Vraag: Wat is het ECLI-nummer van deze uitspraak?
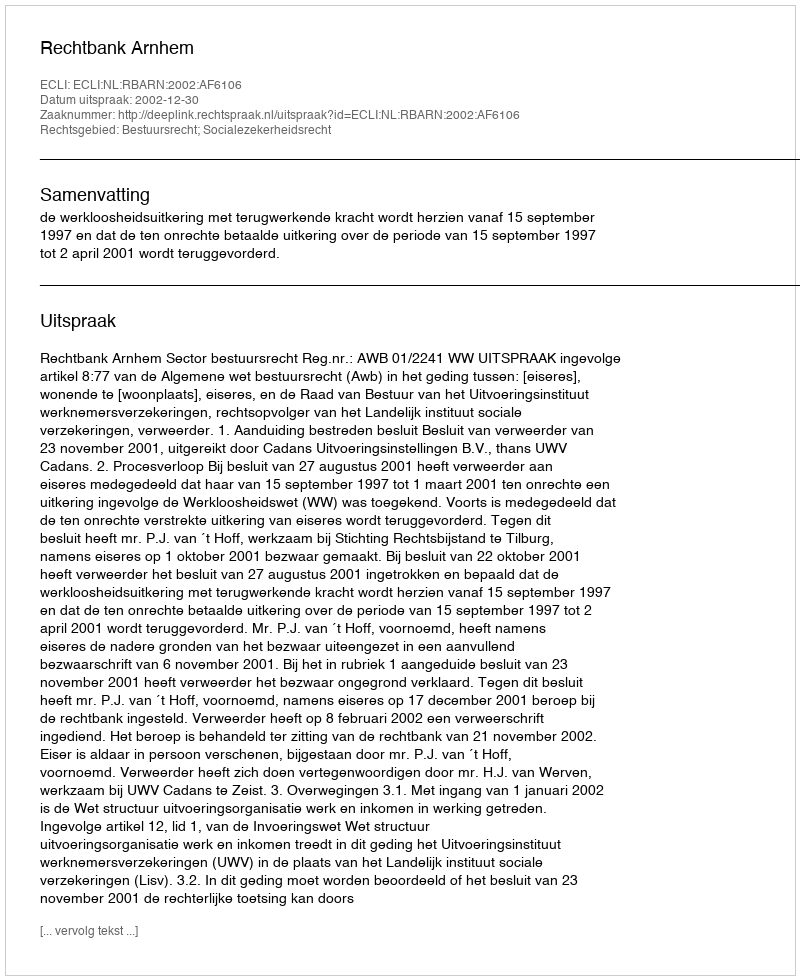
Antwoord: ECLI:NL:RBARN:2002:AF6106